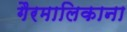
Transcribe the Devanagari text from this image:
गैरमालिकाना